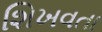
શિખવતા